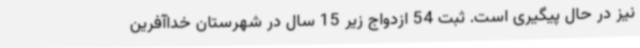
نیز در حال پیگیری است. ثبت 54 ازدواج زیر 15 سال در شهرستان خداآفرین